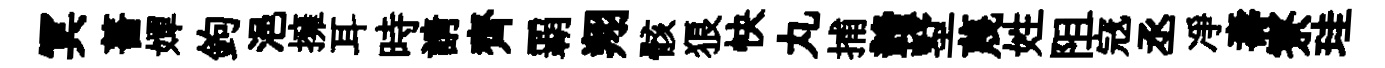
冥薔嬋鉤浥擁耳時請齊覇翔骸狼快丸捕贛墅蔑姓阻𡨥丞凈壽寮珪